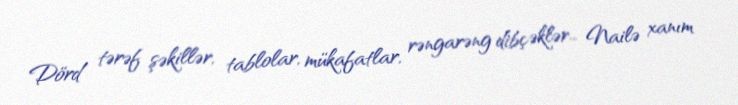
Dörd tərəf şəkillər, tablolar, mükafatlar, rəngarəng dibçəklər... Nailə xanım